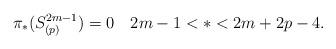
LaTeX: \begin{align*}\pi_*(S^{2m-1}_{(p)})=0\quad2m-1<*<2m+2p-4.\end{align*}